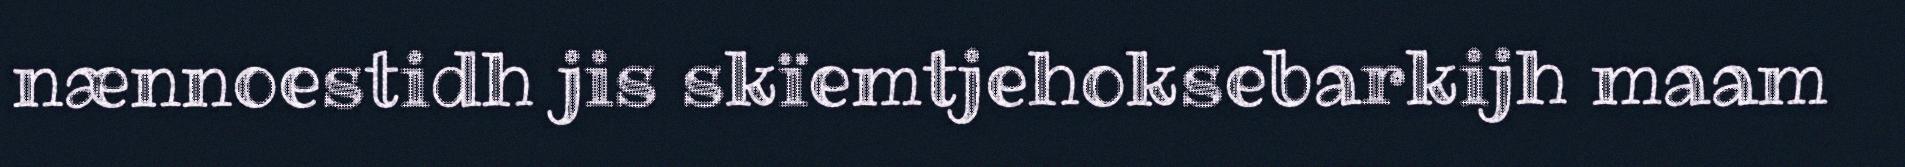
nænnoestidh jis skïemtjehoksebarkijh maam